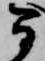
間